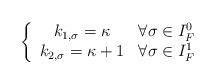
LaTeX: \begin{align*}\left\{ \begin{array}{cc} k_{1,\sigma}=\kappa & \forall \sigma \in I_F^0 \\k_{2,\sigma}=\kappa+1 & \forall \sigma \in I_F^1\end{array}\right.\end{align*}